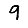
Digit: 9